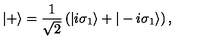
| + \rangle = { \frac { 1 } { \sqrt { 2 } } } \left( | i \sigma _ { 1 } \rangle + | - i \sigma _ { 1 } \rangle \right) ,